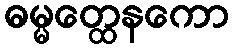
ဓမ္မတ္ထေနကော